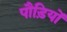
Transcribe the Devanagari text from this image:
पौड़ियों